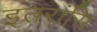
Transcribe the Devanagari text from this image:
इतरांसि